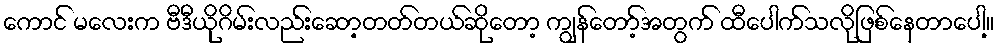
ကောင် မလေးက ဗီဒီယိုဂိမ်းလည်းဆော့တတ်တယ်ဆိုတော့ ကျွန်တော့်အတွက် ထီပေါက်သလိုဖြစ်နေတာပေါ့။